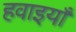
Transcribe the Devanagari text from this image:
हवाइयाँ